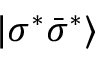
| \sigma ^ { \ast } \bar { \sigma } ^ { \ast } \rangle